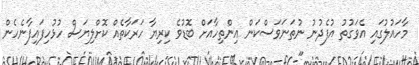
މާހައުލުގައި އެވަގުތު އުފެދުނު ނުތަނަވަސްކަން އިންތިހާއަށް ބޮޑުވެ ކިރިޔާ ހަރަކާތެއް ކޮށްލިޔަސް ހުޅުހިފައިފާނެހެން